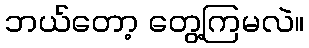
ဘယ်တော့ တွေ့ကြမလဲ။